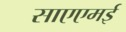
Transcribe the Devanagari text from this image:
साएएमई